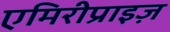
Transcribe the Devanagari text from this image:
एमिरीप्राइज़